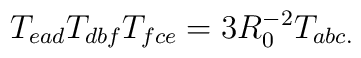
T_{ead}T_{dbf}T_{fce}=3R_0^{-2}T_{abc.}